Vaccination United Provinces of Agra and Oudh 1923-1928 - 1923-1928
Year: 1923
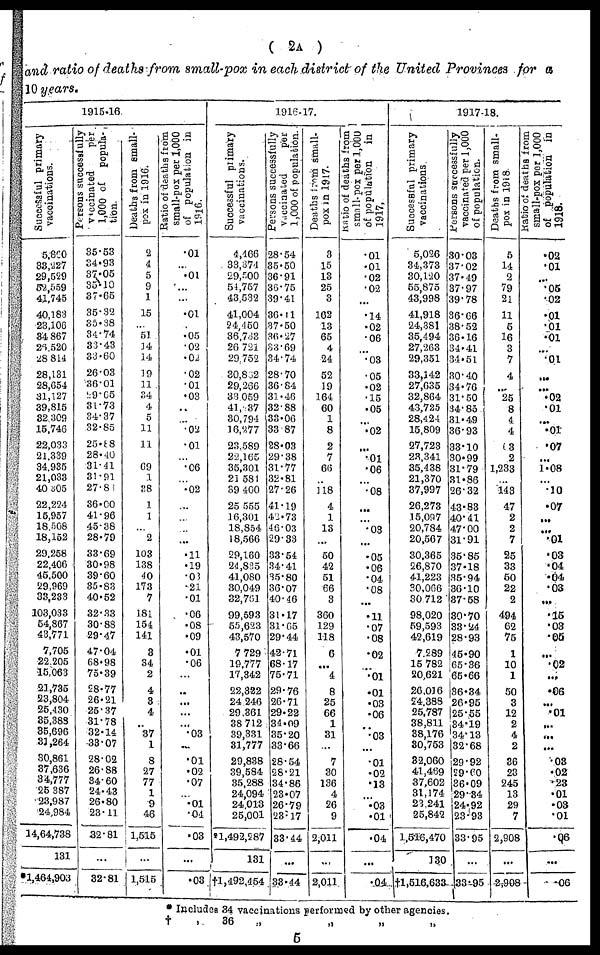
( 2A )
and ratio of deaths from small-pox in each district of the United Provinces for a
10 years.
1915-16
Successful primary
vaccinations.
5,800
83,227
29,529
52,559
41,745
40,183
23,106
34,867
26,520
28,814
28,131
28,654
31,127
39,815
32,309
15,746
22,033
21,339
34,935
21,033
40,305
22,224
15,957
18,568
18,152
29,258
22,406
45,500
29,969
33,233
103,033
54,867
43,771
7,705
22,205
15,063
21,735
23,804
25,430
35,388
35,696
31,264
30,861
37,636
34,777
25,387
23,987
24,984
14,64,738
131
1,464,903
Persons successfully
vaccinated
per
1,000 of
popula-
tion.
35.53
34.93
37.05
35.10
37.65
35.32
35.38
34.74
33.43
33.60
26.03
36.01
29.65
31.73
34.37
32.85
25.88
28.40
31.41
31.91
27.83
36.00
41.96
45.38
28.79
33.09
30.98
39.60
35.83
40.52
32.33
30.88
29.47
47.04
68.98
75.39
28.77
26.21
25.37
31.78
32.14
33.07
28.02
26.88
34.60
24.43
26.80
23.11
32.81
...
32.81
Deaths from small-
pox in 1916.
2
4
5
9
1
15
...
51
14
14
19
11
34
4
5
11
11
...
69
1
38
1
1
...
2
103
138
40
173
7
181
154
141
3
34
2
4
8
4
..
37
1
8
27
77
1
9
46
1,515
...
1,515
Ratio of deaths from
small-pox per 1,000
of population in
1916.
.01
...
.01
...
...
.01
...
.05
.02
.02
.02
.01
.03
..
..
.02
.01
...
.06
...
.02
...
...
...
...
.11
.19
.03
.21
.01
.06
.08
.09
.01
.06
...
..
...
...
...
.03
...
.01
.02
.07
...
.01
.04
.03
...
.03
1916-17.
Successful
primary
vaccinations.
4,466
33,374
29,500
54,757
43,532
41,004
24,450
36,733
26,721
29,752
30,862
29,266
33,059
41, 37
30,794
16,277
23,589
22,165
35,301
21,581
39,400
25,555
16,301
18,854
18,566
29,160
24,835
41,080
30,049
32,761
99,593
55,623
43,570
7,729
19,777
17,342
22,322
24,246
29,361
38,712
39,331
31,777
29,838
39,584
35,288
24,094
24,013
25,001
1,492,287
131
†1,492,454
Persons successfully
vaccinated
per
1,000 of population
28.54
35.50
36.91
36.75
39.41
36.11
37.50
36.27
33.69
34.74
28.70
36.84
31.46
32.88
33.06
33.87
28.03
29.38
31.77
32.81
27.26
41.19
42.73
46.03
29.33
33.54
34.41
35.80
36.07
40.46
31.17
31.65
29.44
42.71
68.17
75.71
29.76
26.71
29.22
34.09
35.20
33.66
28.54
28.21
34.86
23.07
26.79
23.17
33.44
...
33.44
Deaths from small-
pox in 1917.
3
15
13
25
3
162
13
65
4
24
52
19
164
60
1
8
2
7
66
...
118
4
1
13
...
50
42
51
66
3
360
129
118
6
...
4
8
25
66
1
31
...
7
30
136
4
26
9
2,011
...
2,011
Ratio of deaths from
small-pox per 1,000
of population
in
1917.
.01
.01
.02
.02
...
.14
.02
.06
...
.03
.05
.02
.15
.05
...
.02
...
.01
.06
...
.08
...
...
.03
...
.05
.06
.04
.08
...
.11
.07
.08
.02
...
.01
.01
.03
.06
...
.03
...
.01
.02
.13
...
.03
.01
.04
...
.04
1917-18.
Successful primary
vaccinations
5,026
34,373
30,120
55,875
43,998
41,918
24,381
35,494
27,263
29,351
33,142
27,635
32,864
43,725
28,424
15,809
27,723
23,341
35,438
21,370
37,997
26,273
15,097
20,784
20,567
30,365
26,870
41,223
30,066
30,712
98,020
59,593
42,619
7,289
15,782
20,621
26,016
24,388
25,787
38,811
38,176
30,753
32,060
41,469
37,602
31,174
23,241
25,842
1,516,470
130
†1,516,633
Persons successfully
vaccinated per 1,000
of population.
30.03
37.02
37.49
37.97
39.78
36.66
38.52
36.16
34.41
34,51
30.40
34.76
31.50
34.82
31.49
36.93
33.10
30.99
31.79
31.86
26.32
43.83
40.41
47.00
31.91
35.85
37.18
35.94
36.10
37.58
30.70
33.24
28.93
45.90
65.36
65.66
36.34
26.95
25.55
34.19
34.13
32.68
29.92
29.60
36.09
29.84
24.92
23.93
33.95
...
33.95
Deaths from small-
pox in 1918.
5
14
2
79
21
11
5
16
3
7
4
...
25
8
4
4
03
2
1,233
...
143
47
2
2
7
25
33
50
22
2
494
62
75
1
10
1
50
3
12
2
4
2
36
23
245
13
29
7
2,908
...
2,908
Ratio of deaths from
small-pox per 1,000
of population in
1918.
.02
.01
...
.05
.02
.01
.01
.01
...
.01
...
...
.02
.01
...
.01
.07
...
1.08
...
.10
.07
...
...
.01
.03
.04
.04
.03
...
.15
.03
.05
...
.02
...
.06
...
.01
...
...
...
.03
.02
.23
.01
.03
.01
.06
...
06
* Includes 34 vaccinations performed by other agencies
†
„
36
„
„
„
„
5